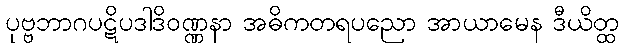
ပုဗ္ဗဘာဂပဋိပဒါဒိဝဏ္ဏနာ အဓိကတရပညော အာယာမေန ဒီယိတ္ထ